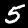
Digit: 5